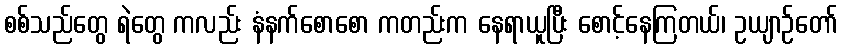
စစ်သည်တွေ ရဲတွေ ကလည်း နံနက်စောစော ကတည်းက နေရာယူပြီး စောင့်နေကြတယ်၊ ဥယျာဉ်တော်